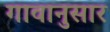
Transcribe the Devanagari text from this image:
गावानुसार